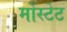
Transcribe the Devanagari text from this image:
र्मोस्टेट